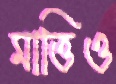
মাত্তিও